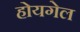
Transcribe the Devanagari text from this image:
होयगेल